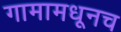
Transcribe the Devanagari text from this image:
गामामधूनच